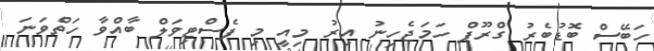
ހަބޭސް ބޮޑުބެރު ގްރޫޕް ހަމަޖެހިނު އިރު މިއީ މި ފެސްޓިވަލް ބާއްވާ ހަތްވަނަ